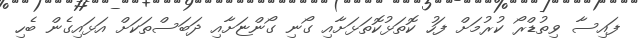
ފައިސާ ވިތުޑްރޯ ކުރުމަށް ފަހު ކޮތަޅުކޮތަޅަށާއި ގޯނި ގޯންޏަށާއި ދަބަސްތަކަށް އަޅައިގެން ބެހި